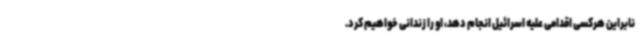
نابراین هرکسی اقدامی علیه اسرائیل انجام دهد، او را زندانی خواهیم کرد.